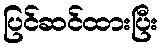
ပြင်ဆင်ထားပြီး